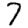
Digit: 7